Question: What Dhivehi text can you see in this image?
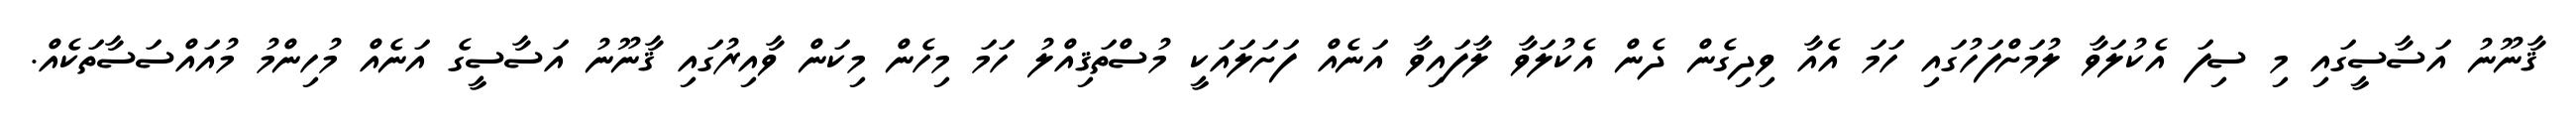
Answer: ޤާނޫނު އަސާސީގައި މި ސިފަ އެކުލަވާ ލުމަށްފަހުގައި ހަމަ އެއާ ވިދިގެން ދެން އެކުލަވާ ލާފައިވާ އަނެއް ފަށަލައަކީ މުސްތަޤިއްލު ހަމަ މިހެން މިކަން ވާއިރުގައި ޤާނޫނު އަސާސީގެ އަނެއް މުހިންމު މުއައްސަސާތަކެއް.